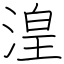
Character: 湟